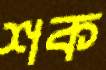
শক